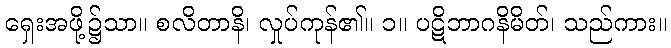
ရှေးအဖို့၌သာ။ စလိတာနိ၊ လှုပ်ကုန်၏။ ၁။ ပဋိဘာဂနိမိတ်၊ သည်ကား။